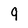
Character: 9